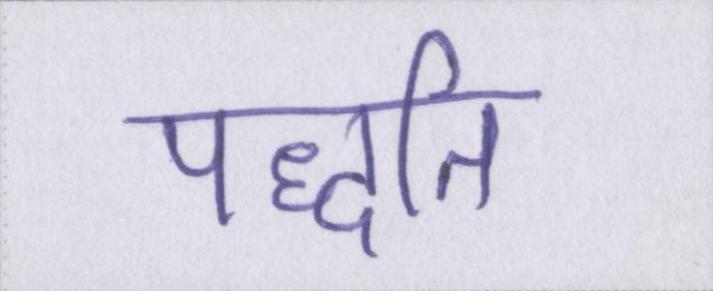
पद्धति